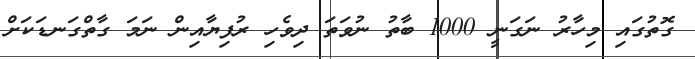
ގޮތުގައި މިހާރު ނަގަނީ 1000 ބާތު ނުވަތަ ދިވެހި ރުފިޔާއިން ނަމަ ގާތްގަނޑަކަށް